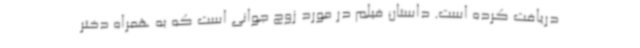
دریافت کرده است. داستان فیلم در مورد زوج جوانی است که به همراه دختر